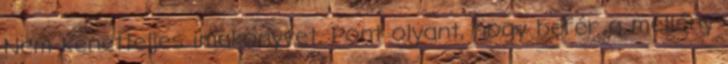
Nem kenetteljes imakönyvet. Pont olyant, hogy befér a mellény